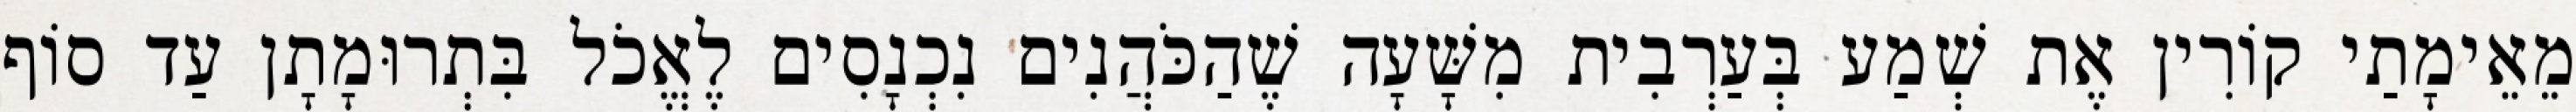
מֵאֵימָתַי קוֹרִין אֶת שְׁמַע בְּעַרְבִית מִשָּׁעָה שֶׁהַכֹּהֲנִים נִכְנָסִים לֶאֱכֹל בִּתְרוּמָתָן עַד סוֹף